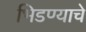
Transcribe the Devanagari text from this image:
भिडण्याचे